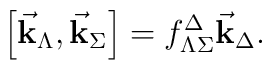
\left[\vec{\bf k}_{\Lambda},\vec{\bf k}_{\Sigma}\right] =f^{\Delta}_{\Lambda\Sigma}\vec{\bf k}_{\Delta}.